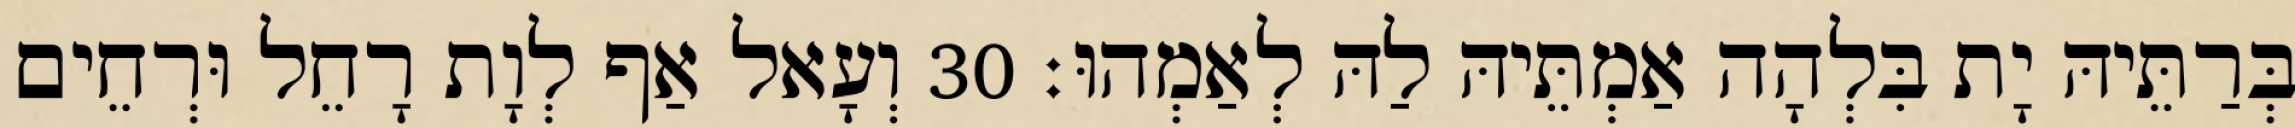
בְּרַתֵּיהּ יָת בִּלְהָה אַמְתֵּיהּ לַהּ לְאַמְהוּ׃ 30 וְעָאל אַף לְוָת רָחֵל וּרְחֵים